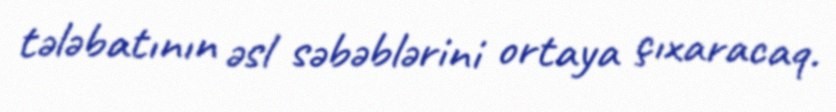
tələbatının əsl səbəblərini ortaya çıxaracaq.